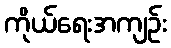
ကိုယ်ရေးအကျဉ်း